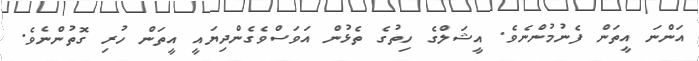
އަންނަ އީތަން ފެނުމުންނެވެ. އީޝަލްގެ ހިތުގެ ތެޅުން އަވަސްވެގެންދިޔައީ އީތަން ހުރި ގޮތުންނެވެ.